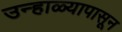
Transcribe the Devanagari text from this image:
उन्हाळ्यापासून